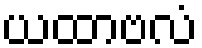
ယထာဗလံ